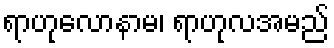
ရာဟုလောနာမ၊ ရာဟုလအမည်